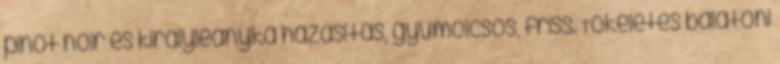
pinot noir és királyleányka házasítás, gyümölcsös, friss. Tökéletes balatoni